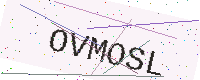
Text: OVMOSL